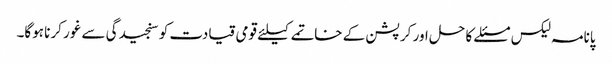
پانامہ لیکس مسئلے کا حل اور کرپشن کے خاتمے کیلئے قومی قیادت کو سنجیدگی سے غور کرنا ہوگا۔